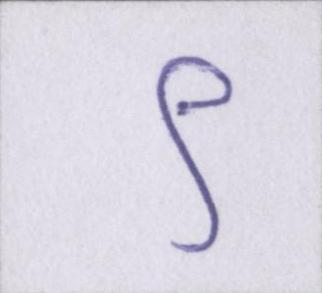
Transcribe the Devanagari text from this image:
९